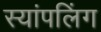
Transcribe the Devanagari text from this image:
स्यांपलिंग